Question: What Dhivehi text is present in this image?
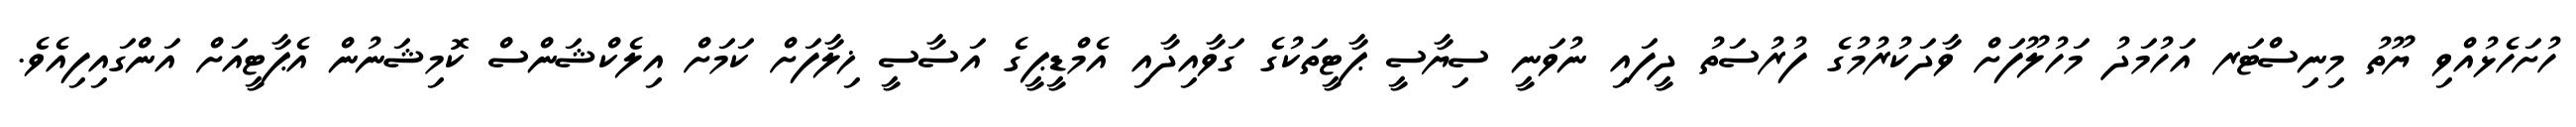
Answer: ހުށަހެޅުއްވި ޔޫތު މިނިސްޓަރ އަހުމަދު މަހުލޫފަށް ވާދަކުރުމުގެ ފުރުސަތު ދީފައި ނުވަނީ ސިޔާސީ ޕާޓީތަކުގެ ގަވާއިދާއި އެމްޑީޕީގެ އަސާސީ ޚިލާފަށް ކަމަށް އިލެކްޝަންސް ކޮމިޝަނުން އެޕާޓީއަށް އަންގައިފިއެވެ.